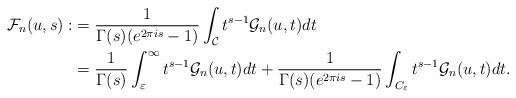
LaTeX: \begin{align*}\mathcal{F}_n(u,s):&=\frac{1}{\Gamma(s)(e^{2\pi i s}-1)}\int_\mathcal{C} t^{s-1}\mathcal{G}_n(u,t)dt\\&=\frac{1}{\Gamma(s)}\int_{\varepsilon}^\infty t^{s-1}\mathcal{G}_n(u,t)dt+\frac{1}{\Gamma(s)(e^{2\pi i s}-1)}\int_{C_\varepsilon} t^{s-1}\mathcal{G}_n(u,t)dt. \end{align*}